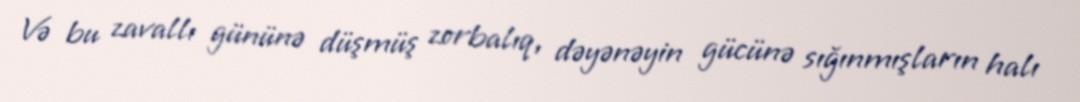
Və bu zavallı gününə düşmüş zorbalıq, dəyənəyin gücünə sığınmışların halı